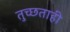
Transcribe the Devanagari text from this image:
तुच्छताही